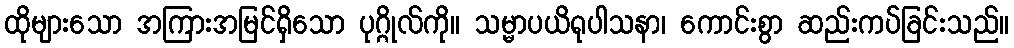
ထိုများသော အကြားအမြင်ရှိသော ပုဂ္ဂိုလ်ကို။ သမ္မာပယိရုပါသနာ၊ ကောင်းစွာ ဆည်းကပ်ခြင်းသည်။